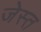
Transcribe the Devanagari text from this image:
जेस्त